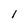
Character: 1